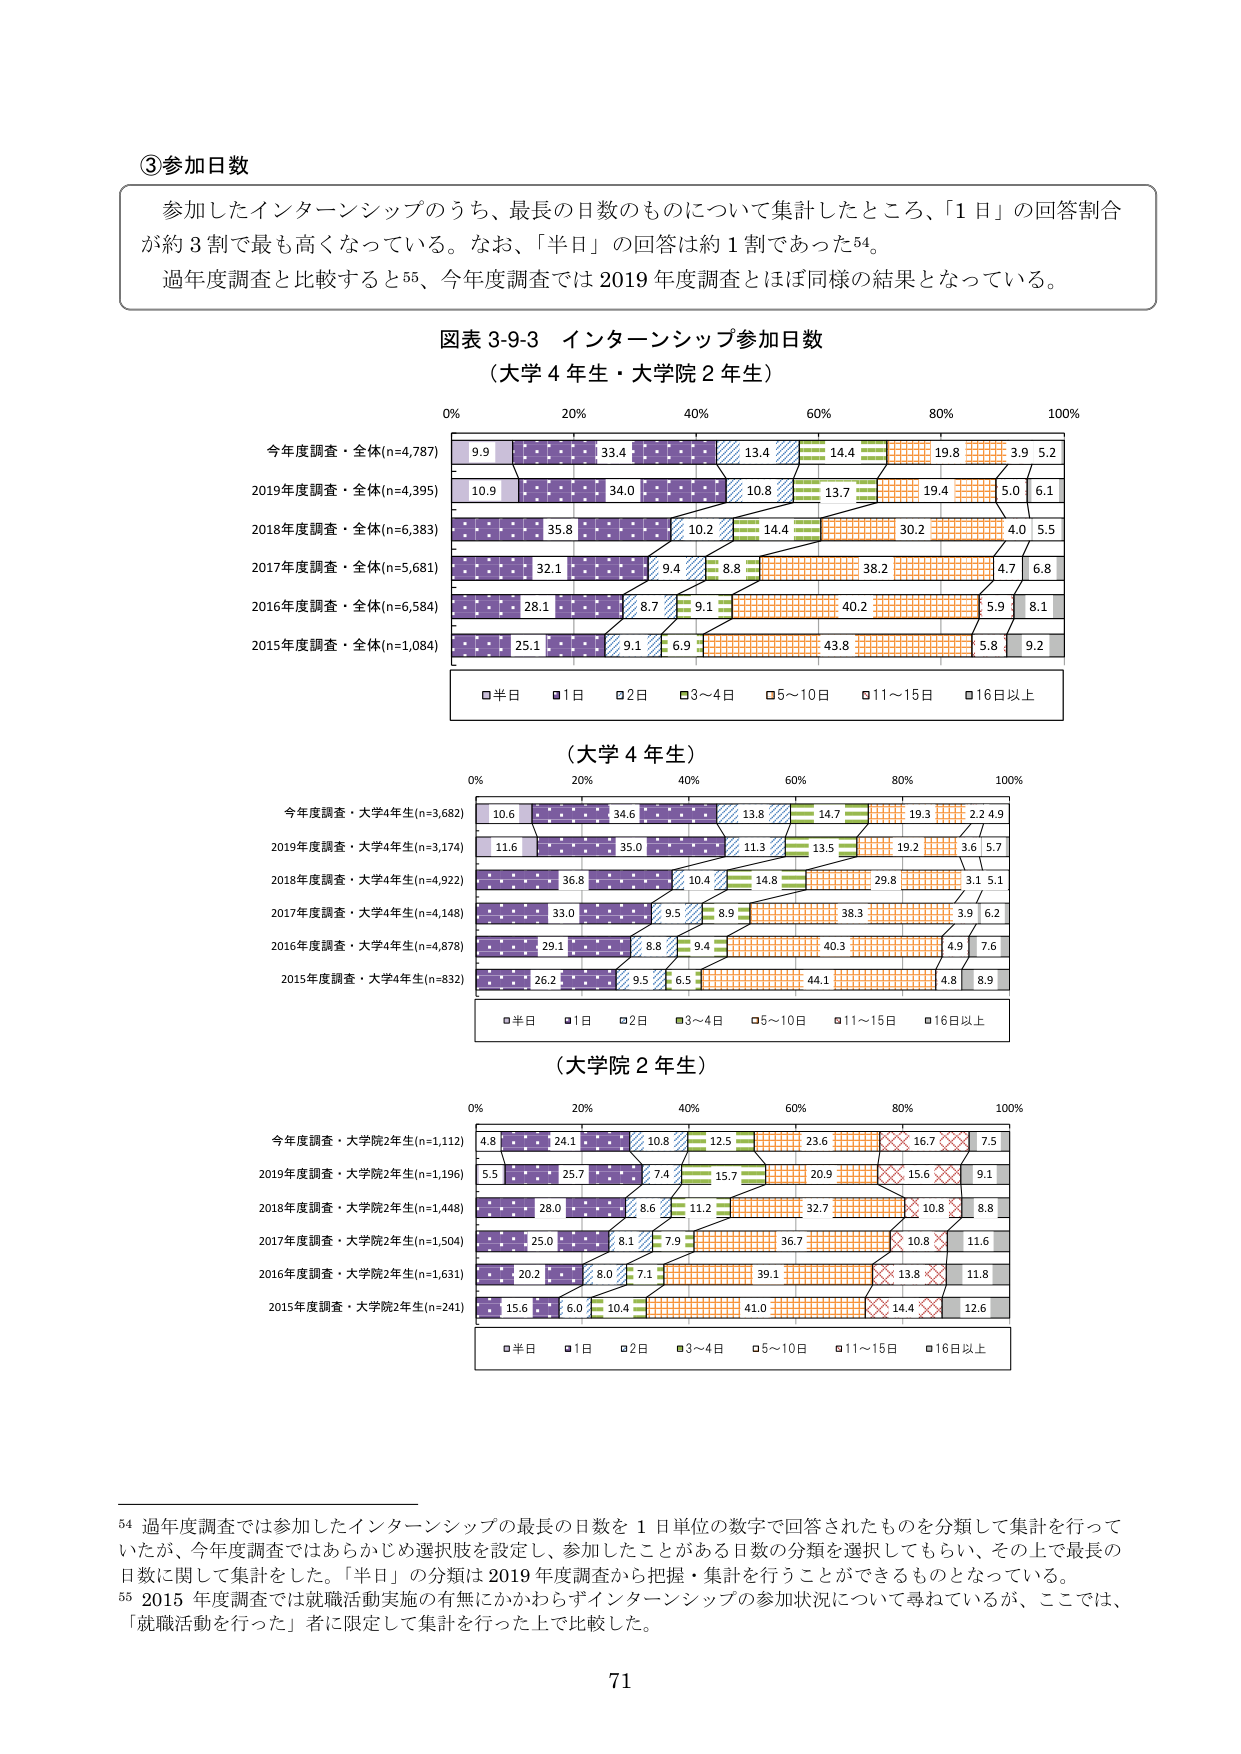
③参加日数

参加したインターンシップのうち、最長の日数のものについて集計したところ、「1日」の回答割合が約3割で最も高くなっている。なお、「半日」の回答は約1割であった54。

過年度調査と比較すると55、今年度調査では2019年度調査とほぼ同様の結果となっている。

図表3-9-3 インターンシップ参加日数
（大学4年生・大学院2年生）

0% 20% 40% 60% 80% 100%

今年度調査・全体(n=4,787) 9.9 33.4 13.4 14.4 19.8 3.9 5.2
2019年度調査・全体(n=4,395) 10.9 34.0 10.8 13.7 19.4 5.0 6.1
2018年度調査・全体(n=6,383) 35.8 10.2 14.4 30.2 4.0 5.5
2017年度調査・全体(n=5,681) 32.1 9.4 8.8 38.2 4.7 6.8
2016年度調査・全体(n=6,584) 28.1 8.7 9.1 40.2 5.9 8.1
2015年度調査・全体(n=1,084) 25.1 9.1 6.9 43.8 5.8 9.2

□半日 □1日 □2日 □3～4日 □5～10日 □11～15日 □16日以上

（大学4年生）

0% 20% 40% 60% 80% 100%

今年度調査・大学4年生(n=3,682) 10.6 34.6 13.8 14.7 19.3 2.2 4.9
2019年度調査・大学4年生(n=3,174) 11.6 35.0 11.3 13.5 19.2 3.6 5.7
2018年度調査・大学4年生(n=4,922) 36.8 10.4 14.8 29.8 3.1 5.1
2017年度調査・大学4年生(n=4,148) 33.0 9.5 8.9 38.3 3.9 6.2
2016年度調査・大学4年生(n=4,878) 29.1 8.8 9.4 40.3 4.9 7.6
2015年度調査・大学4年生(n=832) 26.2 9.5 6.5 44.1 4.8 8.9

□半日 □1日 □2日 □3～4日 □5～10日 □11～15日 □16日以上

（大学院2年生）

0% 20% 40% 60% 80% 100%

今年度調査・大学院2年生(n=1,112) 4.8 24.1 10.8 12.5 23.6 16.7 7.5
2019年度調査・大学院2年生(n=1,196) 5.5 25.7 7.4 15.7 20.9 15.6 9.1
2018年度調査・大学院2年生(n=1,448) 28.0 8.6 11.2 32.7 10.8 8.8
2017年度調査・大学院2年生(n=1,504) 25.0 8.1 7.9 36.7 10.8 11.6
2016年度調査・大学院2年生(n=1,631) 20.2 8.0 7.1 39.1 13.8 11.8
2015年度調査・大学院2年生(n=241) 15.6 6.0 10.4 41.0 14.4 12.6

□半日 □1日 □2日 □3～4日 □5～10日 □11～15日 □16日以上

54 過年度調査では参加したインターンシップの最長の日数を1日単位の数字で回答されたものを分類して集計を行っていたが、今年度調査ではあらかじめ選択肢を設定し、参加したことがある日数の分類を選択してもらい、その上で最長の日数に関して集計をした。「半日」の分類は2019年度調査から把握・集計を行うことができるものとなっている。

55 2015年度調査では就職活動実施の有無にかかわらずインターンシップの参加状況について尋ねているが、ここでは、「就職活動を行った」者に限定して集計を行った。

71